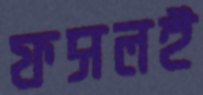
ফসলই